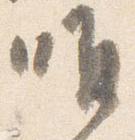
唯